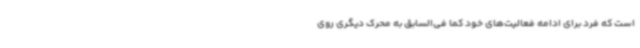
است که فرد برای ادامه فعالیت‌های خود کما فی‌السابق به محرک دیگری روی